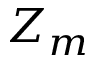
Z _ { m }